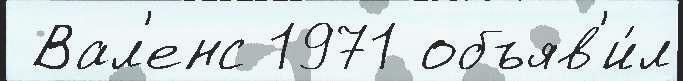
 Вал'енс 1971 объяв'и́л